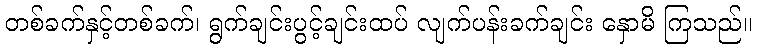
တစ်ခက်နှင့်တစ်ခက်၊ ရွက်ချင်းပွင့်ချင်းထပ် လျက်ပန်းခက်ချင်း နှောမိ ကြသည်။